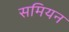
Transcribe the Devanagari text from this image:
समियन